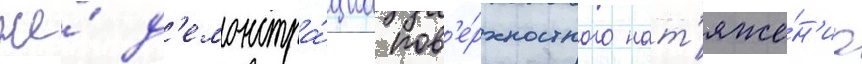
же́ д'емонстра́циа пов'е́рхностного нат'яже́н'иа